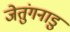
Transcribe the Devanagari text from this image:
जेतुंगनाडु